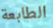
الطابعة